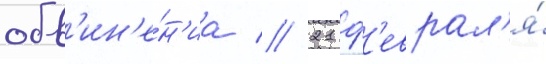
обв'ин'е́н'иа // 21 ф'еврал'я́